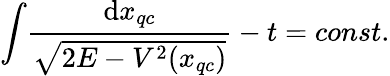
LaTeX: \int\! \frac{\mathrm{d}x_{qc}}{\sqrt{2E-V^{2}(x_{qc})}}-t=const.